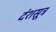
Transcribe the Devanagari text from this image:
दंशसूत्र